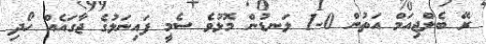
ރޭ ބެލްޖިއަމް އަތުން 0-1 ލަނޑުން މޮޅުވެ ސެމީ ފައިނަލުގެ ޖާގައެއް ހޯދި